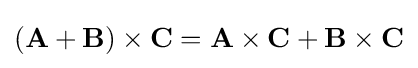
(\mathbf {A} +\mathbf {B} )\times \mathbf {C} =\mathbf {A} \times \mathbf {C} +\mathbf {B} \times \mathbf {C}